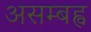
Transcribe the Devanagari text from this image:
असम्बह्व